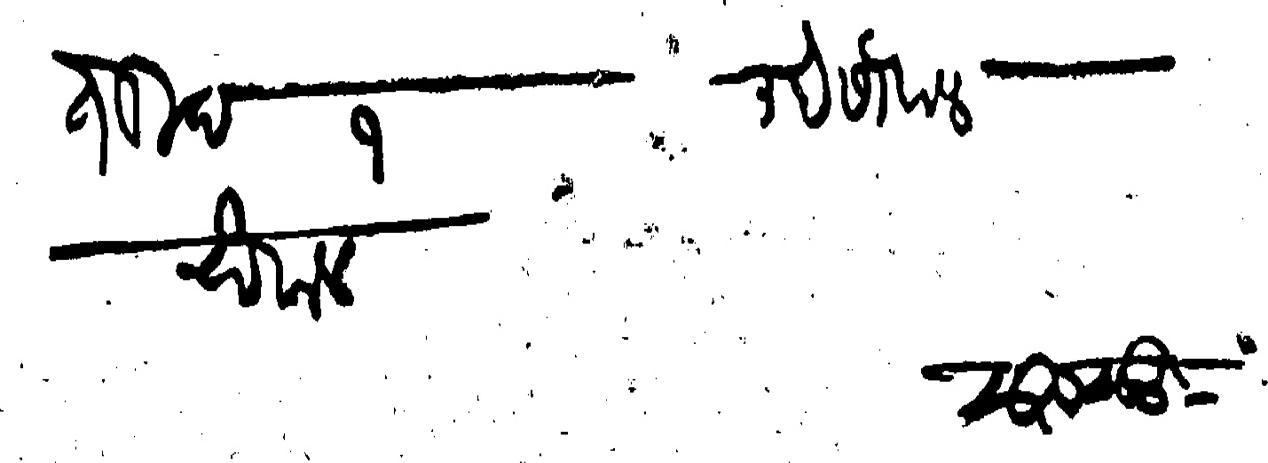
Transliteration (Devanagari): तेरीख १ माहे सौवाल सुरु सुद